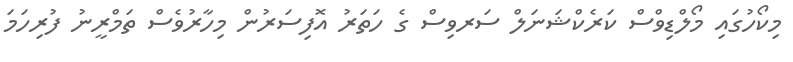
މިކޯހުގައި މޯލްޑިވްސް ކަރެކްޝަނަލް ސަރވިސް ގެ ހަތަރު އޮފިސަރުން މިހާރުވެސް ތަމްރީނު ފުރިހަމަ